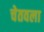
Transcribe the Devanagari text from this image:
चेतवला